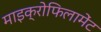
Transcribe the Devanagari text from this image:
माइक्रोफिलामेंट